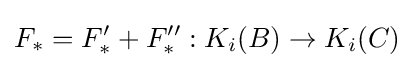
F_{*}=F'_{*}+F''_{*}:K_{i}(B)\to K_{i}(C)